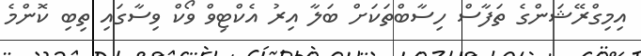
އިމިގްރޭޝަންގެ ތަފާސް ހިސާބްތަކަށް ބަލާ އިރު އެކްޓިވް ވޯކް ވިސާގައި ތިބި ކޮންމެ